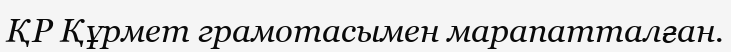
ҚР Құрмет грамотасымен марапатталған.